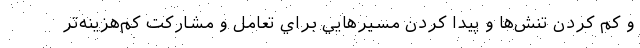
و كم كردن تنش‌ها و پيدا كردن مسيرهايي براي تعامل و مشاركت كم‌هزينه‌تر